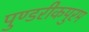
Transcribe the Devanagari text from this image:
पुण्डरीकपुरम